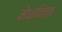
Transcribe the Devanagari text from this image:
मेधावितम